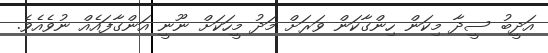
އަދީބު ސީދާ މިކަން ހިންގާކަން ވަރަށް މަދު މީހަކަށް ނޫނީ އަންގާފައެއް ނުވެއެވެ.